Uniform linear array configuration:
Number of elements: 12
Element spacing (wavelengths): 0.75
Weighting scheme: hann
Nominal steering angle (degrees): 60
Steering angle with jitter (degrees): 59.39
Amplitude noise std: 0.05
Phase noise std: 0.05

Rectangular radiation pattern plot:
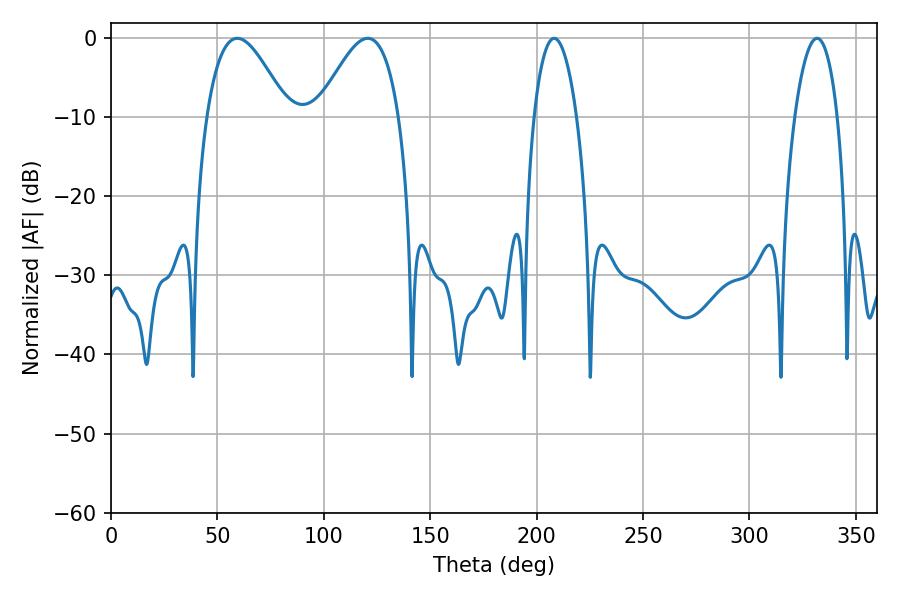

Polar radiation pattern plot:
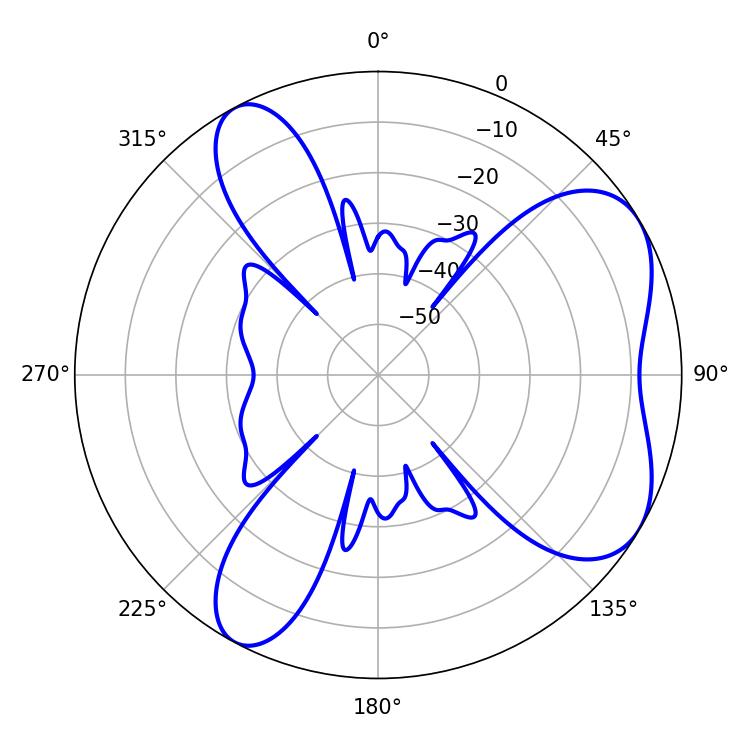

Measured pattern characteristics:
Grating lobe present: TRUE
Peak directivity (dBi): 5.927
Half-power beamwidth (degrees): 11.16
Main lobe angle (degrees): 208.26